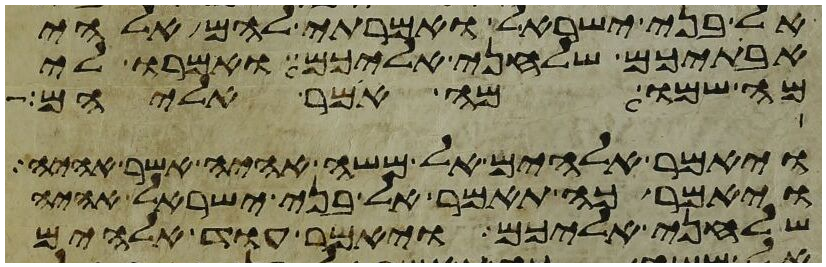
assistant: אל בני ישראל ואמרתי להם אלהי
אבתיכם שלחני אליכם ואמרו לי
מה שמו מה אמר אליהם
ויאמר אלהים אל משה אהיה אשר אהיה
ויאמר כה תאמר אל בני ישראל אהיה
שלחני אליכם ויאמר עוד אלהים